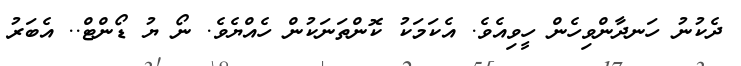
ދެކުނު ހަނދާންވިހެން ހީވިއެވެ. އެކަމަކު ކޮންތަނަކުން ހެއްޔެވެ. ނޯ ޔު ޑޯންޓް.. އެބަރު